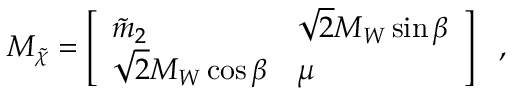
M _ { \tilde { \chi } } = \left[ \begin{array} { l l } { { \tilde { m } _ { 2 } } } & { { \sqrt { 2 } M _ { W } \sin \beta } } \\ { { \sqrt { 2 } M _ { W } \cos \beta } } & { { \mu } } \end{array} \right] \ \ ,